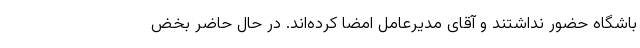
باشگاه حضور نداشتند و آقای مدیرعامل امضا کرده‌اند. در حال حاضر بخض